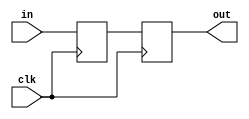
// Created by prof. Mingu Kang @VVIP Lab in UCSD ECE department
// Please do not spread this code without permission 
module sync(clk, in, out);

input  in; 
input  clk;
output out;

reg    int1; 
reg    int2; 

assign out = int2;

always @ (posedge clk) begin
   int1 <= in;
   int2 <= int1;
end

endmodule